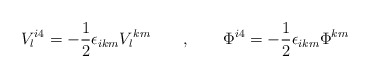
\begin{align*}V_l{}^{i4} = - {1\over 2} \epsilon_{ikm} V_l{}^{km} \qquad , \qquad \Phi^{i4} = -{1\over 2} \epsilon_{ikm} \Phi {}^{km}\end{align*}